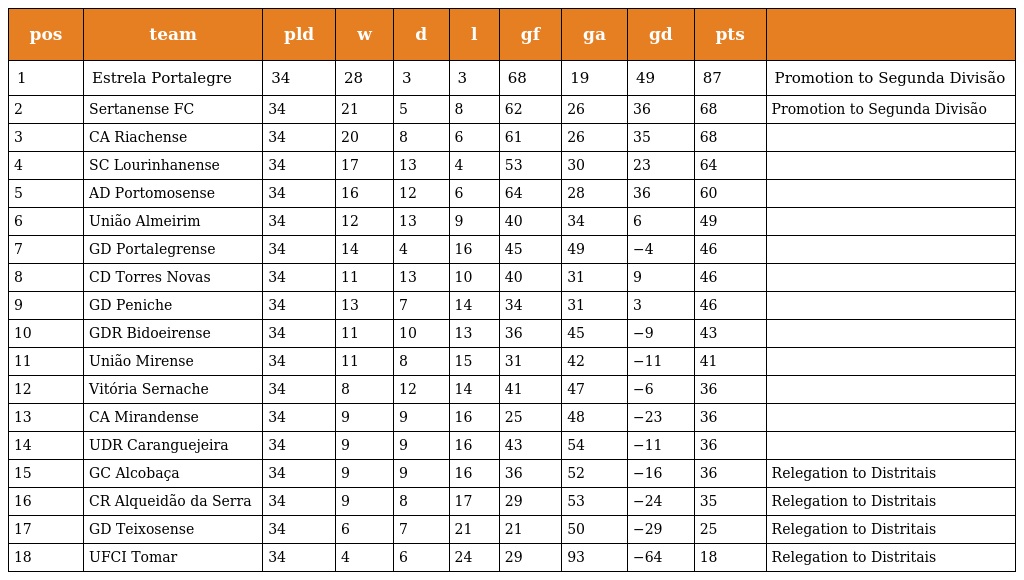
| pos | team | pld | w | d | l | gf | ga | gd | pts |  |
 | --- | --- | --- | --- | --- | --- | --- | --- | --- | --- | --- |
 | 1 | Estrela Portalegre | 34 | 28 | 3 | 3 | 68 | 19 | 49 | 87 | Promotion to Segunda Divisão |
 | 2 | Sertanense FC | 34 | 21 | 5 | 8 | 62 | 26 | 36 | 68 | Promotion to Segunda Divisão |
 | 3 | CA Riachense | 34 | 20 | 8 | 6 | 61 | 26 | 35 | 68 |  |
 | 4 | SC Lourinhanense | 34 | 17 | 13 | 4 | 53 | 30 | 23 | 64 |  |
 | 5 | AD Portomosense | 34 | 16 | 12 | 6 | 64 | 28 | 36 | 60 |  |
 | 6 | União Almeirim | 34 | 12 | 13 | 9 | 40 | 34 | 6 | 49 |  |
 | 7 | GD Portalegrense | 34 | 14 | 4 | 16 | 45 | 49 | −4 | 46 |  |
 | 8 | CD Torres Novas | 34 | 11 | 13 | 10 | 40 | 31 | 9 | 46 |  |
 | 9 | GD Peniche | 34 | 13 | 7 | 14 | 34 | 31 | 3 | 46 |  |
 | 10 | GDR Bidoeirense | 34 | 11 | 10 | 13 | 36 | 45 | −9 | 43 |  |
 | 11 | União Mirense | 34 | 11 | 8 | 15 | 31 | 42 | −11 | 41 |  |
 | 12 | Vitória Sernache | 34 | 8 | 12 | 14 | 41 | 47 | −6 | 36 |  |
 | 13 | CA Mirandense | 34 | 9 | 9 | 16 | 25 | 48 | −23 | 36 |  |
 | 14 | UDR Caranguejeira | 34 | 9 | 9 | 16 | 43 | 54 | −11 | 36 |  |
 | 15 | GC Alcobaça | 34 | 9 | 9 | 16 | 36 | 52 | −16 | 36 | Relegation to Distritais |
 | 16 | CR Alqueidão da Serra | 34 | 9 | 8 | 17 | 29 | 53 | −24 | 35 | Relegation to Distritais |
 | 17 | GD Teixosense | 34 | 6 | 7 | 21 | 21 | 50 | −29 | 25 | Relegation to Distritais |
 | 18 | UFCI Tomar | 34 | 4 | 6 | 24 | 29 | 93 | −64 | 18 | Relegation to Distritais |